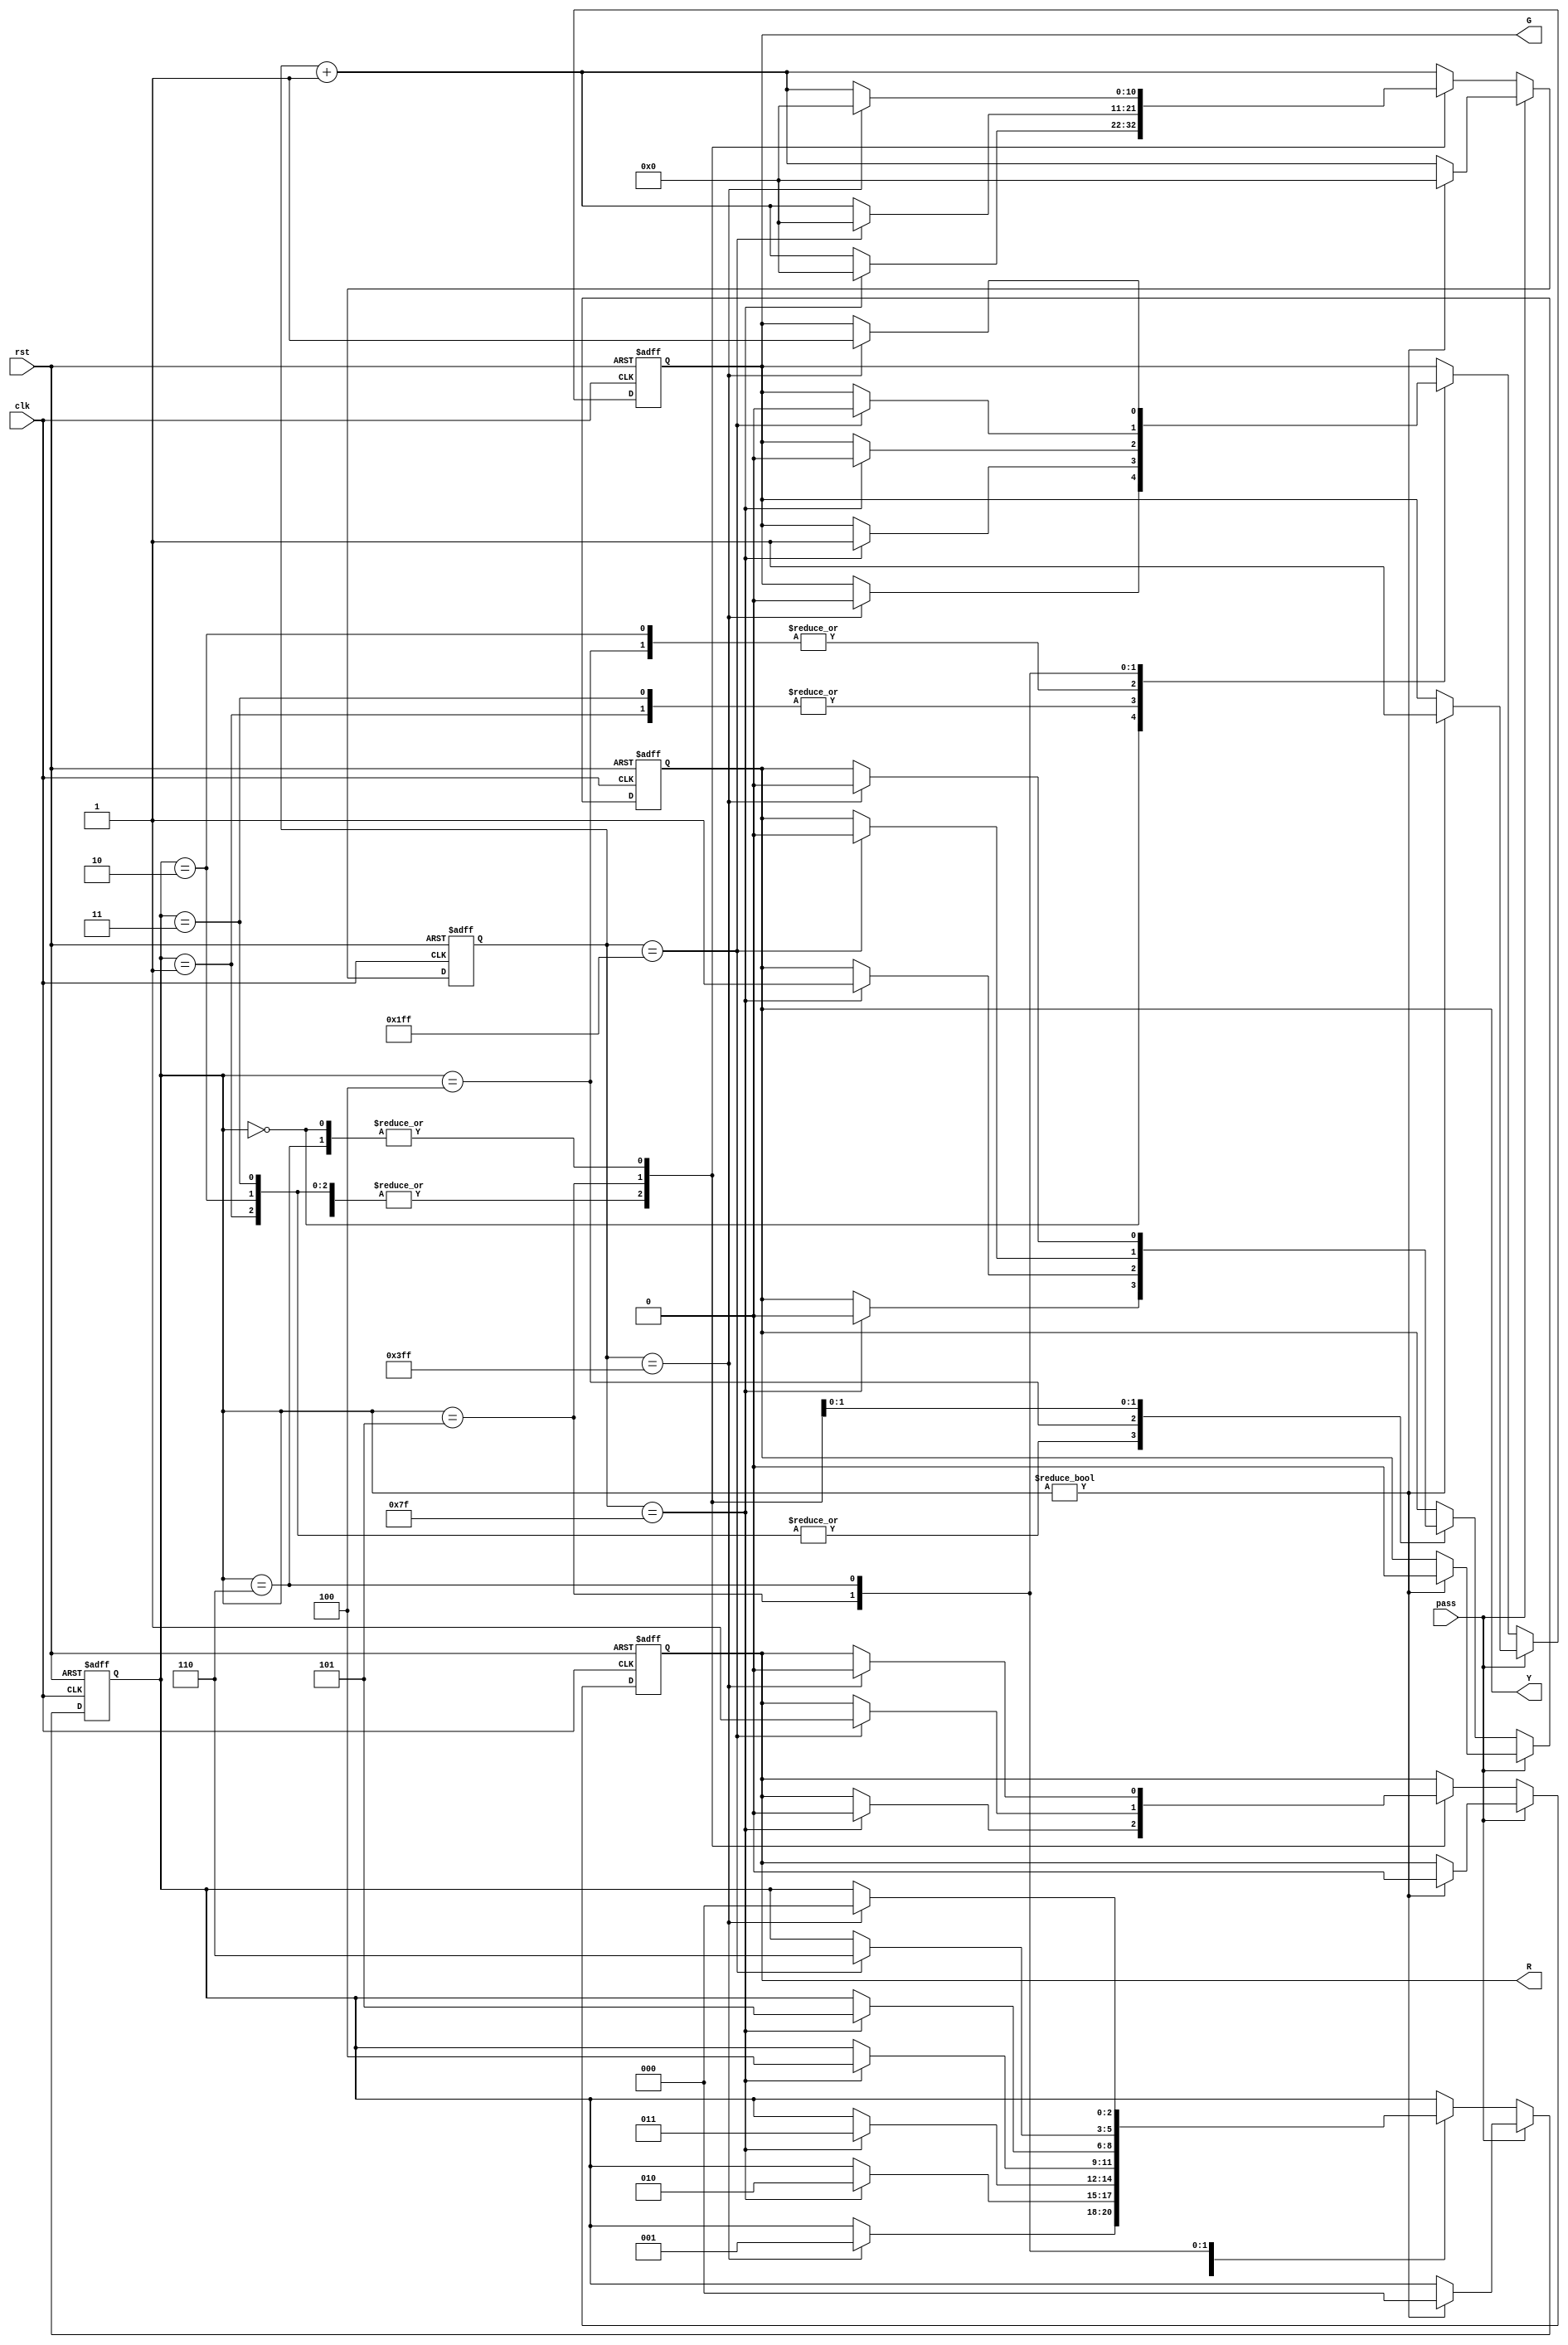
module traffic_light (
    input  clk,
    input  rst,
    input  pass,
    output R,
    output G,
    output Y
);

reg [2:0] ST=3'd0;
reg [10:0] times=3'd0;
reg [10:0] count=11'd0;
reg red, green, yellow;

always@(posedge clk or posedge rst)
begin

	if(rst)
	begin
		count<=11'd0;
		ST<=1'd0;
		red<=1'b0;
                green<=1'b1;
                yellow<=1'b0;
	end

	else if(pass==1)
	begin
		count<=count+11'd1;

		if(ST!=3'd0)
		begin
          		count<=11'd0;
          		ST<=3'd0;
			red<=1'b0;
         		green<=1'b1;
          		yellow<=1'b0;
		end
	end	

	else
	begin

		count<=count+11'd1;

        	case(ST)
        	3'd0: 
		begin
			times=11'd1023;
			if(count==times)
              		begin
                		count<=11'd0;
                		ST<=3'd1;
				red<=1'b0;
                		green<=1'b0;
                		yellow<=1'b0;

                	end              
               	end

        	3'd1: 
		begin
			times=11'd127;
			if(count==times)
              		begin
				count<=11'd0;
                		ST<=3'd2;
                		red<=1'b0;
                		green<=1'b1;
                		yellow<=1'b0;
                	end              
               	end

        	3'd2: 
		begin
			times=11'd127;
			if(count==times)
              		begin
				count<=11'd0;
                		ST<=3'd3;
                		red<=1'b0;
                		green<=1'b0;
                		yellow<=1'b0;
                	end              
               	end

		3'd3: 
		begin
			times=11'd127;
			if(count==times)
              		begin
				count<=11'd0;
                		ST<=3'd4;
                		red<=1'b0;
                		green<=1'b1;
                		yellow<=1'b0;
                	end              
               	end

        	3'd4: 
		begin   
			times=11'd127;    
			if(count==times)
              		begin
				count<=11'd0;
                		ST<=3'd5;
                		red<=1'b0;
                		green<=1'b0;
                		yellow<=1'b1;
                	end              
               	end

       	 	3'd5: 
		begin   
			times=11'd511;
			if(count==times)
              		begin
				count<=11'd0;
                		ST<=3'd6;
                		red<=1'b1;
                		green<=1'b0;
                		yellow<=1'b0;
                	end              
               	end

		3'd6: 
		begin  
			times=11'd1023;             
			if(count==times)
              		begin
				count<=11'd0;
                		ST<=3'd0;
                		red<=1'b0;
                		green<=1'b1;
                		yellow<=1'b0;
                	end              
               	end
        	endcase
	end
end

assign G=green;
assign Y=yellow;
assign R=red;

endmodule